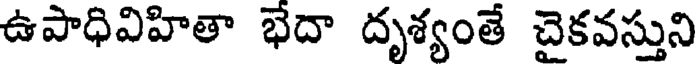
ఉపాధివిహితా భేదా దృశ్యంతే చైకవస్తుని